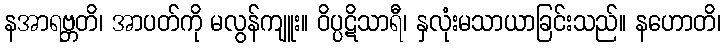
နအာရဗ္ဘတိ၊ အာပတ်ကို မလွန်ကျူး။ ဝိပ္ပဋိသာရီ၊ နှလုံးမသာယာခြင်းသည်။ နဟောတိ၊